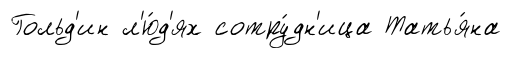
Гольд'ин л'ю́д'ях сотру́дн'ица Татья́на